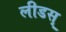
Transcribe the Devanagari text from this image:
लीडस्